Source: Handwritten
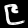
Digit: ၉ (9)